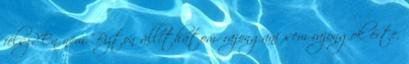
félsz? Én nem. Bizton állíthatom. rajongani sem rajongok érte,